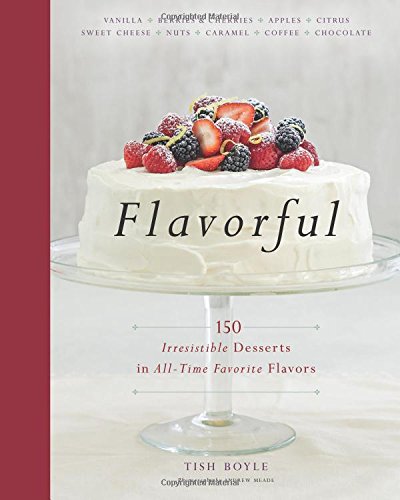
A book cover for Flavorful: 150 Irresistible Desserts in All-Time Favorite Flavors; Tish Boyle; Cookbooks, Food & Wine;